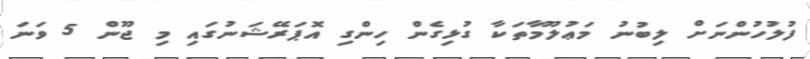
ފުލުހުންނަށް ލިބުނު މަޢުލޫމާތަކާ ގުޅިގެން ހިންގި އޮޕަރޭޝަނުގައި މި ޖޫން 5 ވަނަ